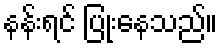
နန်းရင် ပြုံးနေသည်။